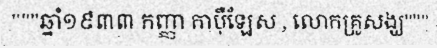
"""ឆ្នាំ១៩៣៣ កញ្ញា កាប៉ឺឡែស , លោកគ្រូសង្ឃ"""